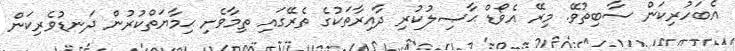
އެބަހުރިކަން ސާބިތުވޭ. މިރޭ އެވޯޑް ޙާޞިލުކުރި ދާއިރާތަކުގެ ތެރޭގައި ތިމާވެށި ޙިމާޔަތްކުރުން ދަނޑުވެރިކަން